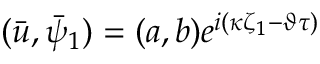
( \bar { u } , \bar { \psi } _ { 1 } ) = ( a , b ) e ^ { i ( \kappa \zeta _ { 1 } - \vartheta \tau ) }